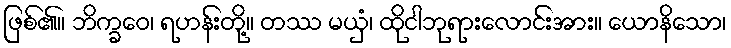
ဖြစ်၏။ ဘိက္ခဝေ၊ ရဟန်းတို့။ တဿ မယှံ၊ ထိုငါဘုရားလောင်းအား။ ယောနိသော၊